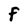
Character: F